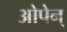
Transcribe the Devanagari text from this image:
ओपेन्